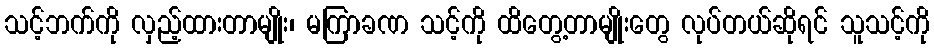
သင့်ဘက်ကို လှည့်ထားတာမျိုး၊ မကြာခဏ သင့်ကို ထိတွေ့တာမျိုးတွေ လုပ်တယ်ဆိုရင် သူသင့်ကို